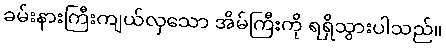
ခမ်းနားကြီးကျယ်လှသော အိမ်ကြီးကို ရရှိသွားပါသည်။